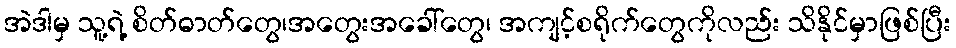
အဲဒါမှ သူ့ရဲ့ စိတ်ဓာတ်တွေ၊အတွေးအခေါ်တွေ၊ အကျင့်စရိုက်တွေကိုလည်း သိနိုင်မှာဖြစ်ပြီး